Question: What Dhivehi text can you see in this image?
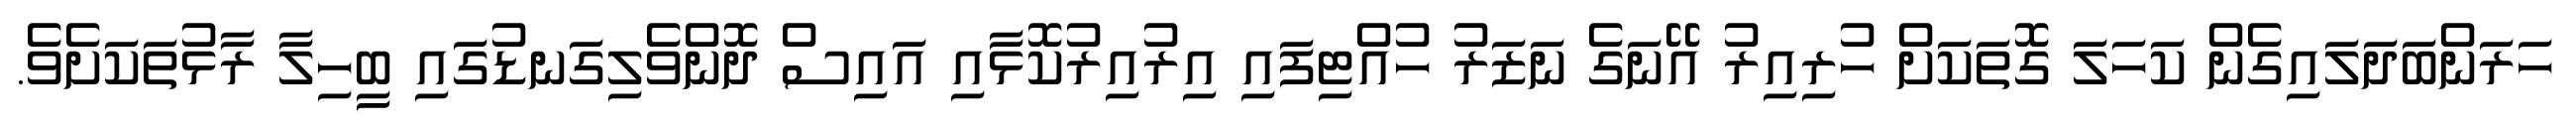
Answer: ހަރަންބަދަލައިގެން ކަހަލަ ގޮތަކަށް ހުރިއިރު އޭނަގެ ނަޒަރު ހުއްޓިފައި އިރުއިރުކޮޅާއި އައިސް ދޮންވެލިގަނޑުގައި ބީހިލާ ރާޅުތަކަށެވެ.